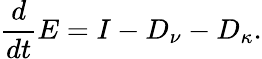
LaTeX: \frac{d}{dt}E=I-D_{\nu}-D_{\kappa}.